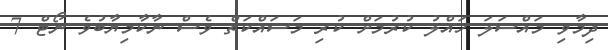
ދިމާވި މައްސަލަ ހައްލު ކުރުމަށް ކުރި މަސައްކަތް ވެސް ނާކާމިޔާބުވެ ނޯޓް 7